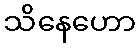
သိနေဟော